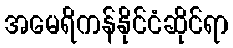
အမေရိကန်နိုင်ငံဆိုင်ရာ